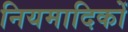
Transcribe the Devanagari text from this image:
नियमादिकों